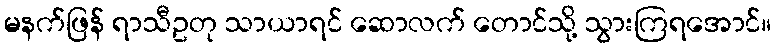
မနက်ဖြန် ရာသီဥတု သာယာရင် ဆောလက် တောင်သို့ သွားကြရအောင်။